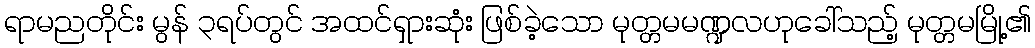
ရာမညတိုင်း မွန် ၃ရပ်တွင် အထင်ရှားဆုံး ဖြစ်ခဲ့သော မုတ္တမမဏ္ဍလဟုခေါ်သည့် မုတ္တမမြို့၏